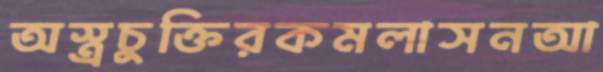
অস্ত্রচুক্তিরকমলাসনআ